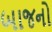
બાજનો